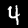
Digit: 4